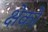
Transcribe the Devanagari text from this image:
क्षेको